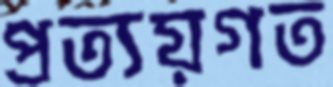
প্রত্যয়গত